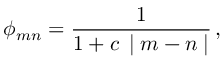
\phi _ { m n } = \frac { 1 } { 1 + c \, \mid m - n \mid } \, ,